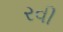
રવી